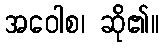
အဝေါစ၊ ဆို၏။